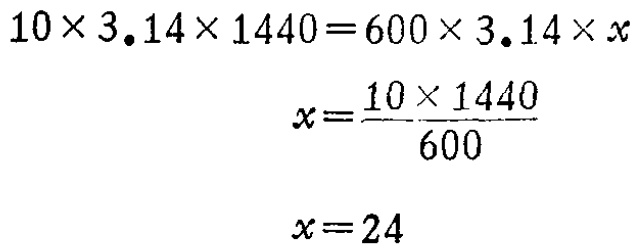
\[
\begin{align*}
10\times3.14\times1440&=600\times3.14\times x\\
x&=\frac{10\times1440}{600}\\
x&=24
\end{align*}
\]